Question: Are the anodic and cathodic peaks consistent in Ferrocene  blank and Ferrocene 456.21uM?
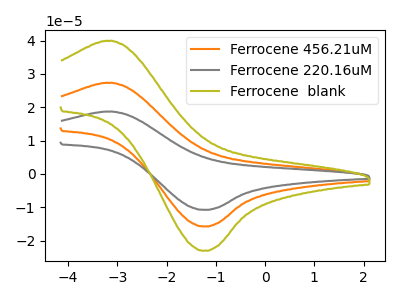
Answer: <think>The orange curve "Ferrocene 456.21uM" has an anodic peak at (-3.20V, 27.35uA) and a cathodic peak at (-1.25V, -15.80uA). The gray curve "Ferrocene 220.16uM" has an anodic peak at (-3.20V, 54.70uA) and a cathodic peak at (-1.25V, -31.60uA). The olive curve "Ferrocene  blank" has an anodic peak at (-3.20V, 39.95uA) and a cathodic peak at (-1.25V, -23.10uA).</think>
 <answer>Yes, "Ferrocene  blank" have a peak in "Ferrocene 456.21uM" at the same potential.</answer>
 <eval>match</eval>